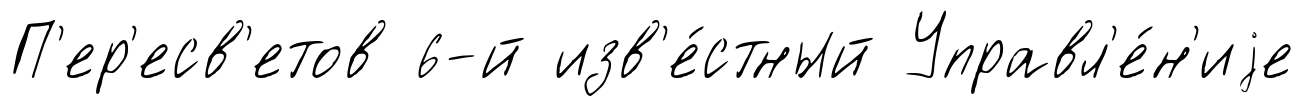
П'ер'есв'етов 6-й изв'е́стный Управл'е́н'иjе